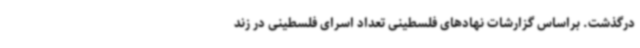
درگذشت. براساس گزارشات نهادهای فلسطینی تعداد اسرای فلسطینی در زند